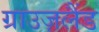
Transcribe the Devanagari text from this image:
ग्राउज़लैंड